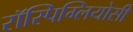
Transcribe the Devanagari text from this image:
रॉस्पिग्लियोसी